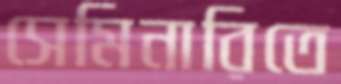
সেমিনারিতে